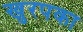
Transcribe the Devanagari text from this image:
खुरपका